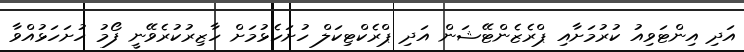
އަދި އިންޓަވިއު ކުރުމަށާއި ޕްރެޒެންޓޭޝަން އަދި ޕްރެކްޓިކަލް ހުށަހެޅުމަށް ހާޒިރުކުރެވޭނީ ފޯމު ހުށަހަޅުއްވާ